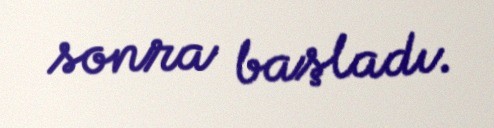
sonra başladı.